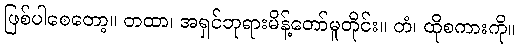
ဖြစ်ပါစေတော့။ တထာ၊ အရှင်ဘုရားမိန့်တော်မူတိုင်း။ တံ၊ ထိုစကားကို။